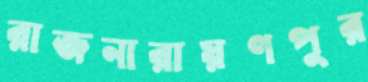
রাজনারায়ণপুর